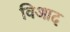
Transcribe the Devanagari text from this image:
विआद